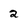
Character: 2